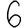
Digit: 6